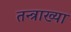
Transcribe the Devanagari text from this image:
तन्त्राख्या